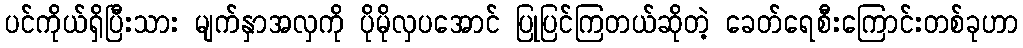
ပင်ကိုယ်ရှိပြီးသား မျက်နှာအလှကို ပိုမိုလှပအောင် ပြုပြင်ကြတယ်ဆိုတဲ့ ခေတ်ရေစီးကြောင်းတစ်ခုဟာ